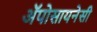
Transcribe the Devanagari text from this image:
अॅपोसायनेसी